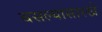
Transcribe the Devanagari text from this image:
बसल्यासारखे